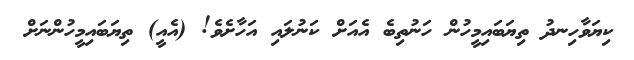
ކިޔަވާހިނދު ތިޔަބައިމީހުން ހަނުތިބެ އެއަށް ކަނުލައި އަހާށެވެ! (އެއީ) ތިޔަބައިމީހުންނަށް